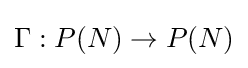
\Gamma :P(N)\rightarrow P(N)